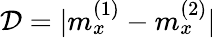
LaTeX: \mathcal{D}=|m_{x}^{(1)}-m_{x}^{(2)}|